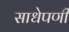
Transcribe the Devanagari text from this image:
साधेपणी